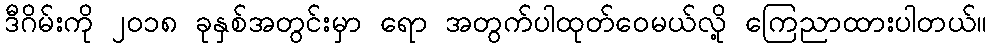
ဒီဂိမ်းကို ၂၀၁၈ ခုနှစ်အတွင်းမှာ ရော အတွက်ပါထုတ်ဝေမယ်လို့ ကြေညာထားပါတယ်။